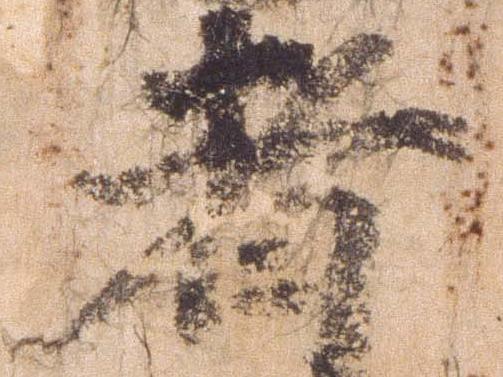
者